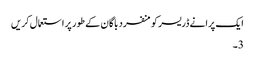
ایک پرانے ڈریسر کو منفرد باگان کے طور پر استعمال کریں
3۔